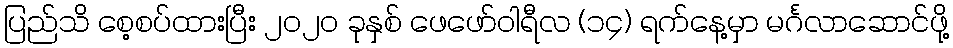
ပြည်သိ စေ့စပ်ထားပြီး ၂၀၂၀ ခုနှစ် ဖေဖော်ဝါရီလ (၁၄) ရက်နေ့မှာ မင်္ဂလာဆောင်ဖို့